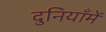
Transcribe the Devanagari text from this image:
दुनियाँमें